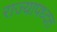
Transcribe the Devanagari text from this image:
राज्यापध्दत